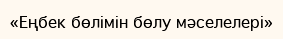
«Еңбек бөлімін бөлу мәселелері»